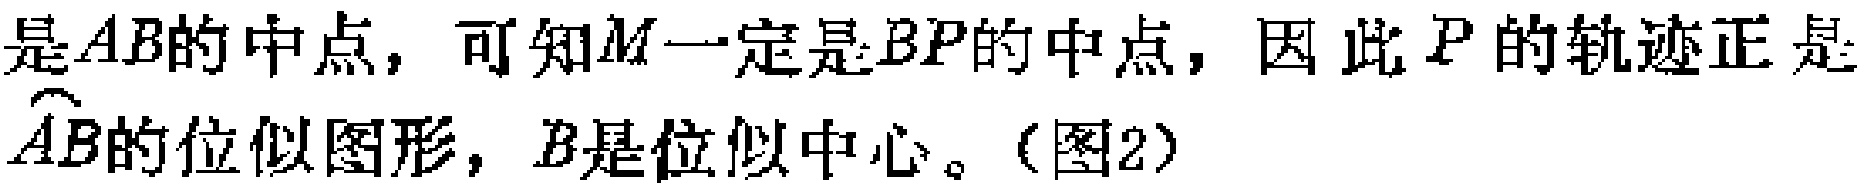
是\(AB\)的中点，可知\(M\)一定是\(BP\)的中点，因此\(P\)的轨迹正是\(\overset{\frown}{AB}\)的位似图形，\(B\)是位似中心。（图2）